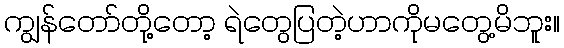
ကျွန်တော်တို့တော့ ရဲတွေပြတဲ့ဟာကိုမတွေ့မိဘူး။